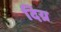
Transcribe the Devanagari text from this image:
दिय्र